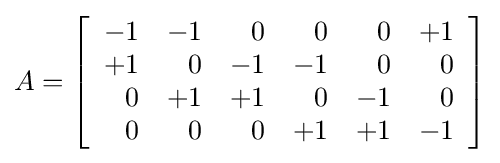
A=\left[{\begin{array}{rrrrrr}-1&-1&0&0&0&+1\\+1&0&-1&-1&0&0\\0&+1&+1&0&-1&0\\0&0&0&+1&+1&-1\end{array}}\right]